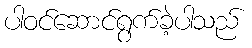
ပါဝင်ဆောင်ရွက်ခဲ့ပါသည်